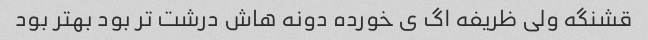
قشنگه ولی ظریفه اگ ی خورده دونه هاش درشت تر بود بهتر بود